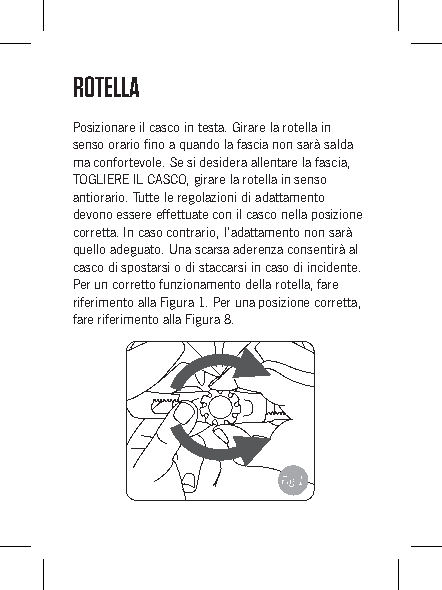
ROTELLA
 Posizionare il casco in testa. Girare la rotella in
 senso orario fino a quando la fascia non sarà salda
 ma confortevole. Se si desidera allentare la fascia,
 TOGLIERE IL CASCO, girare la rotella in senso
 antiorario. Tutte le regolazioni di adattamento
 devono essere effettuate con il casco nella posizione
 corretta. In caso contrario, l'adattamento non sarà
 quello adeguato. Una scarsa aderenza consentirà al
 casco di spostarsi o di staccarsi in caso di incidente.
 Per un corretto funzionamento della rotella, fare
 riferimento alla Figura 1. Per una posizione corretta,
 fare riferimento alla Figura 8.